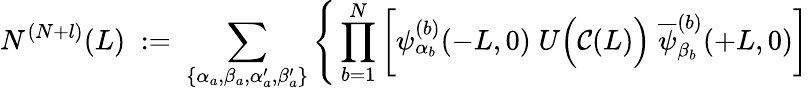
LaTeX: N^{(N+l)}(L)\; :=\; \sum_{\{ \alpha_{a},\beta_{a},\alpha_{a}^{\prime},\beta_{a}^{\prime}\} }\Bigg\{ \prod_{b=1}^{N}\left[\psi_{\alpha_{b}}^{(b)}(-L,0)\; U\Big({\cal C}(L)\Big)\; \overline{{{\psi}}}_{\beta_{b}}^{(b)}(+L,0)\right]